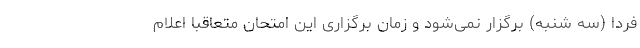
فردا (سه شنبه) برگزار نمی‌شود و زمان برگزاری این امتحان متعاقبا اعلام